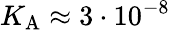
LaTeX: K_{\mathrm{A}}\approx 3\cdot 10^{-8}